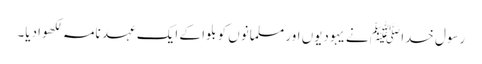
رسول خدا ﷺ نے یہودیوں اور مسلمانوں کو بلوا کے ایک عہد نامہ لکھوادیا۔